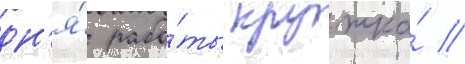
дн'я́ рабо́ты кружка́ //